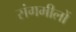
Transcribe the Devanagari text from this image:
संगमीलों